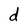
Character: d